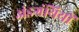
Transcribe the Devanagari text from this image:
अंडग्रंथियों